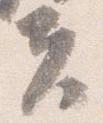
夫